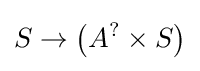
S\rightarrow \left(A^{?}\times S\right)